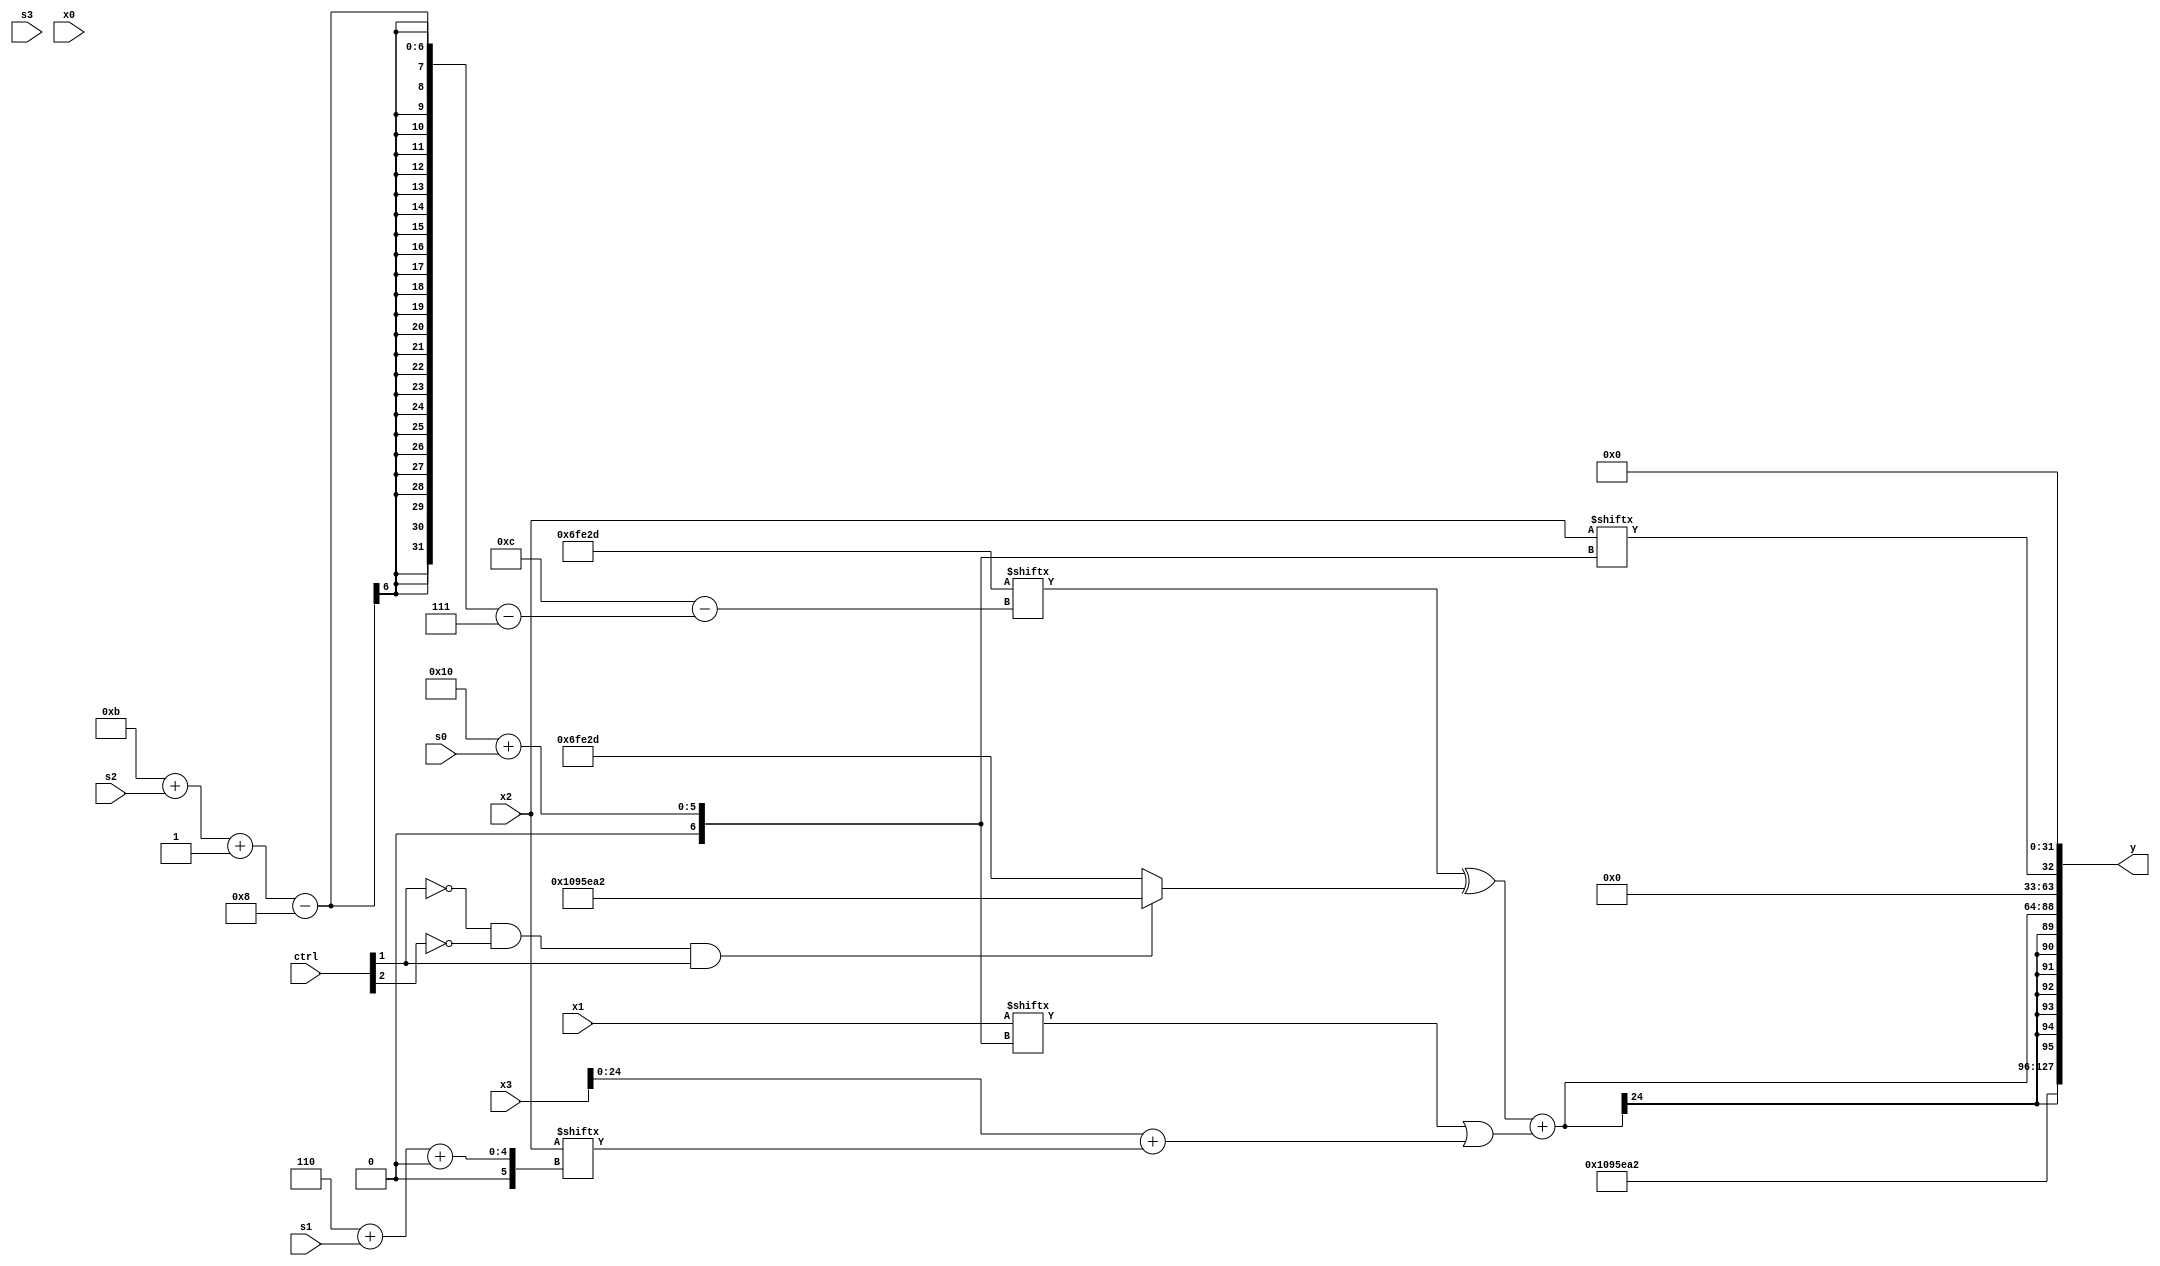
module partsel_00059(ctrl, s0, s1, s2, s3, x0, x1, x2, x3, y);
  input [3:0] ctrl;
  input [2:0] s0;
  input [2:0] s1;
  input [2:0] s2;
  input [2:0] s3;
  input [31:0] x0;
  input [31:0] x1;
  input [31:0] x2;
  input signed [31:0] x3;
  wire [2:24] x4;
  wire signed [25:1] x5;
  wire [2:24] x6;
  wire [1:25] x7;
  wire [25:0] x8;
  wire [1:28] x9;
  wire [24:2] x10;
  wire [2:26] x11;
  wire signed [7:28] x12;
  wire signed [27:0] x13;
  wire signed [29:0] x14;
  wire [1:27] x15;
  output [127:0] y;
  wire [31:0] y0;
  wire signed [31:0] y1;
  wire [31:0] y2;
  wire [31:0] y3;
  assign y = {y0,y1,y2,y3};
  localparam [24:5] p0 = 831558197;
  localparam [29:3] p1 = 956915362;
  localparam [29:0] p2 = 319112788;
  localparam signed [7:26] p3 = 893845037;
  assign x4 = x2[6 + s1 +: 3];
  assign x5 = ({(ctrl[1] && !ctrl[1] && ctrl[3] ? ((p1[12 -: 1] ^ x1) + (p3[12 -: 3] - x1[15 -: 4])) : x1), (p3[11 + s2 -: 8] ^ (!ctrl[1] && !ctrl[2] && ctrl[1] ? p1 : p3))} + (x1[16 + s0] | {2{({2{x3}} + x4)}}));
  assign x6 = (!ctrl[3] || ctrl[1] || ctrl[0] ? x0 : (({2{{x2[13 + s2 -: 5], x5}}} ^ x2[9 + s3]) & ({2{(p1[17 -: 2] + p3[13 + s3])}} | x0)));
  assign x7 = ((x6[25 + s3 -: 1] & (p1[3 + s0 -: 4] + ((x3 | (x5[19 -: 4] - (x1[6 + s3 +: 3] & p2[10]))) ^ {2{x3}}))) - {p2[20], x1[16 + s1]});
  assign x8 = p3[28 + s1 -: 4];
  assign x9 = x4[4 + s0];
  assign x10 = (ctrl[1] || ctrl[1] && !ctrl[1] ? p2[5 + s0] : p1[2 + s1 +: 6]);
  assign x11 = x5[16 -: 1];
  assign x12 = ((ctrl[3] && ctrl[3] || !ctrl[1] ? (p3[21 -: 1] + ((ctrl[1] || ctrl[2] && ctrl[3] ? p2[18 +: 3] : p2[10]) | (ctrl[3] || !ctrl[1] && ctrl[0] ? x5 : x7[10]))) : x1[4 + s1]) & ({2{x1[5 + s3 -: 7]}} | x4[20]));
  assign x13 = (x6[20] ^ x7[10 +: 3]);
  assign x14 = x12[27 + s1 +: 5];
  assign x15 = (p0[30 + s3 -: 1] | (!ctrl[0] || !ctrl[1] || !ctrl[2] ? {2{{p2[18 + s3], (!ctrl[2] || ctrl[3] && !ctrl[2] ? x12[18 + s2] : (p0 - x0[2 + s3 +: 7]))}}} : p2));
  assign y0 = p1;
  assign y1 = x5;
  assign y2 = x2[16 + s0];
  assign y3 = {2{x14[10 +: 1]}};
endmodule